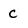
Character: C